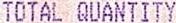
TOTAL QUANTITY